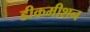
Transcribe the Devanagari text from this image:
डीकमीशन